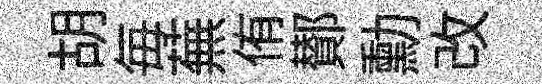
胡毎蕪侑鄼勳改